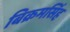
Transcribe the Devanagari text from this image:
बिक्रमसिंह